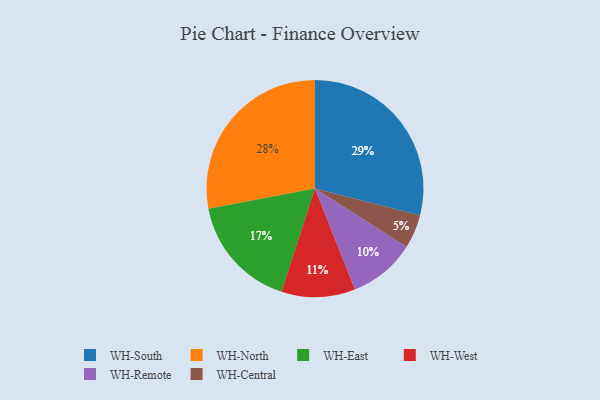
{"axis": {"x": "Category", "y": "Percentage"}, "legend": ["WH-Central", "WH-East", "WH-North", "WH-Remote", "WH-South", "WH-West"], "data": [{"x": "WH-South", "y": 29, "type": "WH-South"}, {"x": "WH-East", "y": 17, "type": "WH-East"}, {"x": "WH-West", "y": 11, "type": "WH-West"}, {"x": "WH-Central", "y": 5, "type": "WH-Central"}, {"x": "WH-North", "y": 28, "type": "WH-North"}, {"x": "WH-Remote", "y": 10, "type": "WH-Remote"}]}